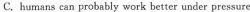
C. humans can probably work better under pressure